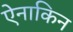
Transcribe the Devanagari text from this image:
ऐनाकिन